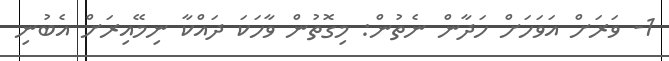
1- ވަރަށް އަވަހަށް ހަދާން ނެތުން: މިގޮތުން ވާހަކަ ދައްކާ ނިމޭއިރަށް އެބުނި